Vaccination Hyderabad 1890-1903 - 1890-1903
Year: 1890
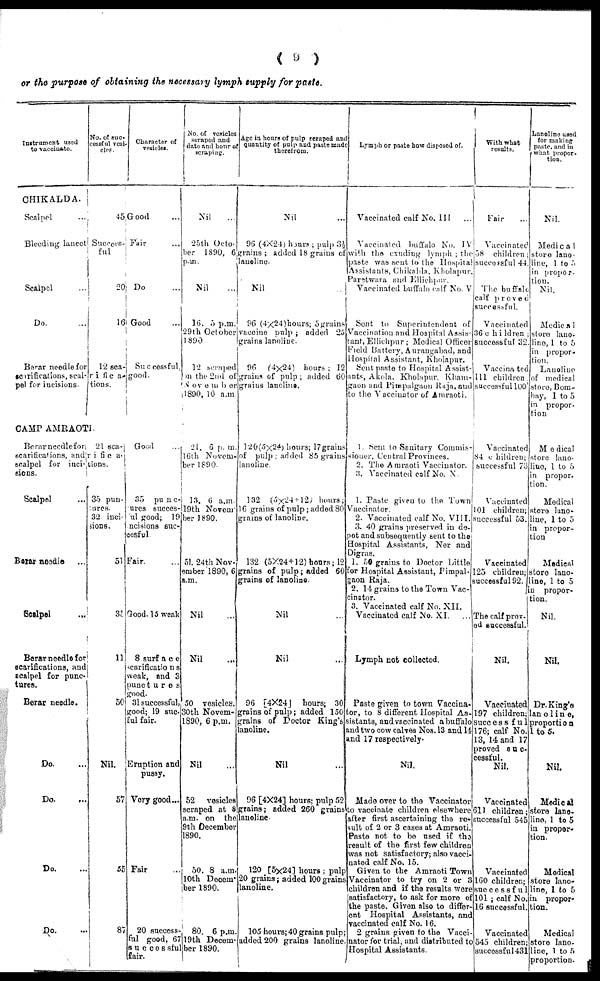
( 9 )
or the purpose of obtaining the necessary lymph supply for paste.
Instrument used
to vaccinate
CHIKALDA.
Scalpel ...
Bleeding lancet
Scalpel ...
Do. ...
Berar needle for
scarifications, scal-
pel for incisions.
No. of suc¬
cessful vesi-
cles.
45
Success¬
ful
20
61
12 sca-
rifica-
tions.
CAMP AMRAOTI.
Berar needle for
scarifications, and
scalpel for inci-
sions.
Scalpel )
Berar needle )
Scalpel )
Berar needle for
scarifications, and
scalpel for punc-
tures.
Berar needle.
Do. ...
Do.
...
Do. ...
Do. ...
21 sca-
rifica-
tions.
35 pun-
sures.
32 inci-
sions.
51
35
11
50
Nil.
57
55
87
Character of
vesicles.
Good ...
Fair ...
Do
Good ...
Successful,
good.
Good )
35 punc-
ures succes-
ul good; 19
ncisions suc-
cesful.
Fair. )
Good. 15 weak
8 surface
scarifications
weak, and 3
punetures
good.
31 successful,
good; 19 suc-
ful fair.
Eruption and
pussy.
Very good...
Fair ...
20 success-
ful good, 67
successful
fair.
No. of vesicles
scraped and
date and hour of
scraping.
Nil ...
25th Octo-
ber 1890, 6
p.m.
Nil ...
16. 5 p.m.
29th October
1890
12 scraped
in the 2nd of
November or
1890, 10 a.m.
21. 6 p. m.
16th Novem-
ber 1890.
13. 6 a.m.
19th Novem-
ber 1890.
51. 24th Nov-
ember 1890, 6
a.m.
Nil ...
Nil ...
50 vesicles,
30th Novem-
1890, 6 p.m.
Nil ...
52
vesicles
scraped at 8
a.m. on the
9th December
1890.
50. 8 a.m
10th Decern-
ber 1890.
80. 6 p.m
19th Decem-
ber 1890.
Age in hours of pulp scraped and
quantity of pulp and paste made
therefrom.
Nil ...
96 (4X24) hours; pulp 3½
grains ; added 18 grains of
lanoline.
Nil
...
96 (4x24)hours; 5grains
vaccine pulp; added 25
grains lanoline.
96 (4x24) hours ; 12
grains of pulp ; added 60
grains lanoline.
120(5x24) hours; 17grains
of pulp ; added 85 grains
lanoline.
132 (5x24 + 12) hours;
16 grains of pulp; added 80
grains of lanoline.
132 (5X24+12) hours; 12
grains of pulp; added 60
grains of lanoline.
Nil ...
Nil ...
96 [4X24] hours; 30
grains of pulp; added 150
grains of Doctor King's
lanoline.
Nil ...
96 [4X24] hours; pulp 52
grains; added 260 grains
lanoline.
120 [5X24] hours ; pulp
20 grains; added 100grains
lanoline.
105 hours; 40 grains pulp
added 200 grains lanoline
Lymph or paste how disposed of.
Vaccinated calf No. III ...
Vaccinated buffalo No. IV
with the exnding lymph ; the
paste was sent to the Hospital
Assistants, Chikalda, Kholapur,
Paretwara and Ellichpur.
Vaccinated buffalo calf No. V
Sent to Superintendent of
Vaccination and Hospital Assis-
tant, Ellichpur; Medical Officer
Field Battery, Aurangabad, and
Hospital Assistant, Kholapur.
Sent paste to Hospital Assist-
ants, Akola, Kholapur, Kham-
gaon and Pimpalgaon Raja, and
to the Vaccinator of Amraoti.
1. Sent 1o Sanitary Commis-
sioner, Central Provinces.
2. The Amraoti Vaccinator.
3. Vaccinated calf No. X.
1. Paste given to the Town
Vaccinator.
2. Vaccinated calf No. VIII.
3. 40 grains preserved in de-
pot and subsequently sent to the
Hospital Assistants, Ner and
Digras.
1. 50 grains to Doctor Little
for Hospital Assistant, Pimpal-
gaon Raja.
2. 14 grains to the Town Vac-
cinator.
3. Vaccinated calf No. XII.
Vaccinated calf No. XI. ...
Lymph not collected.
Paste given to town Vaccina-
tor, to 8 different Hospital As-
sistants, and vaccinated a buffalo
and two cow calves Nos. 13 and 14
and 17 respectively.
Nil.
Made over to the Vaccinator
to vaccinate children elsewhere
after first ascertaining the re-
sult of 2 or 3 cases at Amraoti.
Paste not to be used if the
result of the first few children
was not satisfactory; also vacci-
nated calf No. 15.
Given to the Amraoti Town
Vaccinator to try on 2 or 3
children and if the results were
satisfactory, to ask for more of
the paste. Given also to differ-
ent Hospital Assistants, and
vaccinated calf No. 16.
2 grains given to the Vacci-
nator for trial, and distributed to
Hospital Assistants.
With what
results.
Fair ...
Vaccinated
38 children;
successful 44.
The buffalo
calf proved
successful.
Vaccinated
36 children ;
successful 32.
Vaccinated
111 children.
successful 100
Vaccinated
84 children;
successful 73
Vaccinated
101 children;
successful 53.
Vaccinated
125 children;
successful 92.
The calf prov-
ed successful.
Nil.
Vaccinated
197 children;
successfu1
176; calf No.
13, 14 and 17
proved suc-
cessful.
Nil.
Vaccinated
611 children;
successful 545
Vaccinated
160 children;
successful
101; calf No.
16 successful.
Vaccinated
545 children
successful431
Lanoline used
for making
paste. and in
what propor-
tion.
Nil...
Medica1
store lano-
line, 1 to 5
in propor-
tion.
Nil.
Medica1
store lano-
line, 1 to 5
in propor-
tion.
Lanoline
of medical
storo, Bom-
bay, 1 to 5
in propor-
tion
Medical
store lano-
line, 1 to 5
in propor¬
tion.
Medical
store lano-
line, 1 to 5
in propor-
tion
Medical
store lano-
line, 1 to 5
n propor-
tion.
Nil.
Nil.
Dr. King's
lano1ine,
proportion
1to5.
Nil.
Medical
store lano-
lino, 1 to 5
in propor-
tion.
Medical
store lano-
line, 1 to 5
in propor-
tion.
Medical
store lano-
line, 1 to 5
proportion.